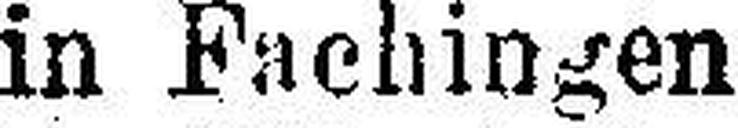
in Fachingen